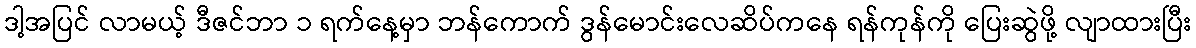
ဒါ့အပြင် လာမယ့် ဒီဇင်ဘာ ၁ ရက်နေ့မှာ ဘန်ကောက် ဒွန်မောင်းလေဆိပ်ကနေ ရန်ကုန်ကို ပြေးဆွဲဖို့ လျာထားပြီး